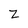
Character: Z